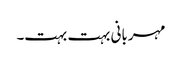
مہربانی بہت بہت۔